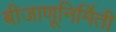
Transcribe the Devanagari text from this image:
बीजाणूनिर्मिती